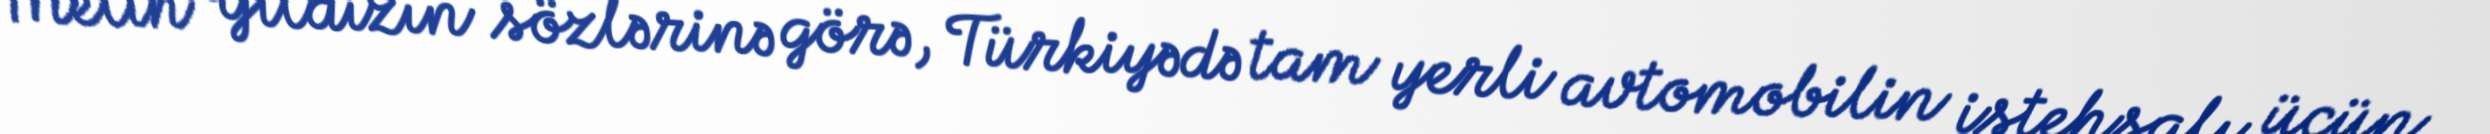
Melih Yıldızın sözlərinə görə, Türkiyədə tam yerli avtomobilin istehsalı üçün